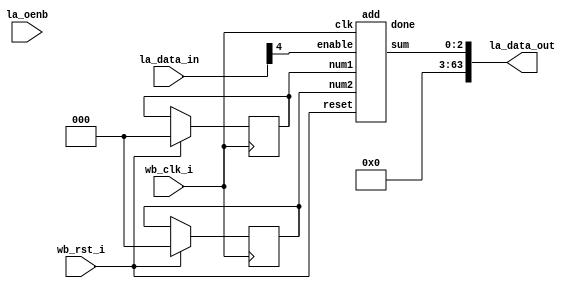
// SPDX-FileCopyrightText: 2020 Efabless Corporation
//
// Licensed under the Apache License, Version 2.0 (the "License");
// you may not use this file except in compliance with the License.
// You may obtain a copy of the License at
//
//      http://www.apache.org/licenses/LICENSE-2.0
//
// Unless required by applicable law or agreed to in writing, software
// distributed under the License is distributed on an "AS IS" BASIS,
// WITHOUT WARRANTIES OR CONDITIONS OF ANY KIND, either express or implied.
// See the License for the specific language governing permissions and
// limitations under the License.
// SPDX-License-Identifier: Apache-2.0

`default_nettype none
/*
 *-------------------------------------------------------------
 *
 * user_proj_example
 *
 * This is an example of a (trivially simple) user project,
 * showing how the user project can connect to the logic
 * analyzer, the wishbone bus, and the I/O pads.
 *
 * This project generates an integer count, which is output
 * on the user area GPIO pads (digital output only).  The
 * wishbone connection allows the project to be controlled
 * (start and stop) from the management SoC program.
 *
 * See the testbenches in directory "mprj_counter" for the
 * example programs that drive this user project.  The three
 * testbenches are "io_ports", "la_test1", and "la_test2".
 *
 *-------------------------------------------------------------
 */
// `include "add.v"
module user_proj_example (
`ifdef USE_POWER_PINS
    inout vdd,	// User area 1 1.8V supply
    inout vss,	// User area 1 digital ground
`endif

    // Wishbone Slave ports (WB MI A)
    input wb_clk_i,
    input wb_rst_i,
  
    // Logic Analyzer Signals
    input  [4:0] la_data_in,
    output [63:0] la_data_out,
    input  [31:0] la_oenb

    // // IOs
    // // input io_in,
    // output [2:0] io_out
);
    reg [2:0] reg_num1, reg_num2;
	reg [2:0] num_2, num_1;

    //wire [BITS-1:0] count;
    wire [2:0] sum;
	reg [2:0] status;
    wire done, wena, busy;
	wire clk, rst;

    wire [31:0] la_write;
    // LA
    assign la_data_out = {{(63-2){1'b0}}, sum};

    // Assuming LA probes [63:32] are for controlling the count register  
    assign la_write = ~la_oenb;

    // Assuming LA probes [65:64] are for controlling the count clk & reset  
    assign clk = wb_clk_i;
    assign rst = wb_rst_i;
    // Assuming LA probes [36] controls the wena;
    assign wena = |la_write && ~ la_data_in[4];
	assign busy = la_data_in[4];
    
	reg [1:0] top_current_state;
	reg [1:0] top_next_state;
	localparam TOP_IDLE = 2'b00;
	localparam TOP_WRITE = 2'b01;
	localparam TOP_BUSY = 2'b10;
	localparam TOP_DONE = 2'b11;	

	always @(wena, busy, done) begin
		case (top_current_state) 
			TOP_IDLE: begin
				// status <= 3'b000;
				if (wena) begin
					top_next_state <= TOP_WRITE;
				end else begin
					top_next_state <= TOP_IDLE;
				end
			end

			TOP_WRITE: begin
				// status <= 3'b100;

				if (busy) begin
					top_next_state <= TOP_BUSY;
				end else begin
					top_next_state <= TOP_WRITE;
				end
				
			end

			TOP_BUSY: begin
				// status <= 3'b010;
				if (done) begin
					top_next_state <= TOP_DONE;
				end else begin
					top_next_state <= TOP_BUSY;
				end
			end

			TOP_DONE: begin
				// status <= 3'b001;
				top_next_state <= TOP_IDLE;
			end
		endcase
	end
	
    always @(posedge clk) begin
        if (rst) begin
            reg_num1 <= 0;
            reg_num2 <= 0;
			top_current_state <= TOP_IDLE;
        end else begin
            case (la_data_in[3])
				1'b0: begin
					num_1 <= la_data_in[2:0];
				end
				1'b1:begin
					num_2 <= la_data_in[2:0];
				end
			endcase;
			top_current_state <= top_next_state;
		end
    end




    add #(
    ) add(
        .clk(clk),
        .reset(rst),
        .num1(reg_num1),
        .num2(reg_num2),
        .enable(busy),
        .done(done),
        .sum(sum)
    );

endmodule
module add(
    input clk,
    input reset,
    input [2:0] num1,
    input [2:0] num2,
    input enable,
    output done,
    output reg [2:0] sum
    
);
reg reg_done;
reg [9:0] count;

localparam IDLE = 2'b00;
localparam BUSY = 2'b10;
localparam DONE = 2'b11;
// assign busy = (current_state == BUSY) ? 1 : 0;

assign done = reg_done;

reg [1:0] current_state;
reg [1:0] next_state;

always @(posedge clk )
    begin
        if(reset)
            current_state <= IDLE;
        else 
            current_state <= next_state;
    end

always @(enable, reg_done) begin
    case(current_state)
        IDLE: begin
            if (enable) begin
                next_state <= BUSY;
            end else begin
                next_state <= IDLE;
            end
        end

        BUSY: begin
            if (reg_done) begin
                next_state <= DONE;
            end else begin
                next_state <= BUSY;
            end
        end

        DONE: begin
            next_state <= IDLE;
        end
		default: next_state <= IDLE;
    endcase
end


always @(posedge clk) begin
    if (reset) begin
        reg_done    <= 1'b0;
        count       <= 10'h000;
    end
    else begin
        case (current_state)
            IDLE: begin
                reg_done    <= 1'b0;
				count       <= 10'h000;
            end    

            BUSY: begin
                count <= count + 1; 
                if (count == 10'h3FF) begin
                    reg_done <= 1'b1;
                end else begin
                    reg_done <= 1'b0;
                end
            end

            DONE: begin
                sum <= num1 + num2;
            end
			default: begin
				reg_done    <= 1'b0;
				count       <= 10'h000;
			end
        endcase   
    end
end
endmodule
/* verilator lint_off EOFNEWLINE */
// `default_nettype wire